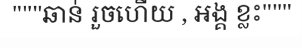
"""ឆាន់ រួចហើយ , ឣង្គ ខ្លះ"""